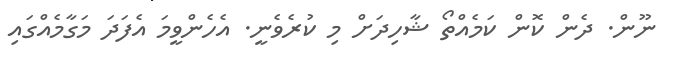
ނޫން. ދެން ކޮން ކަމެއްތޯ ޝާހިދަށް މި ކުރެވެނީ. އެހެންވީމަ އެފަދަ މަގާމެއްގައި